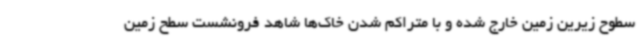
سطوح زیرین زمین خارج شده و با متراکم شدن خاک‌ها شاهد فرونشست سطح زمین